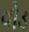
વોડ